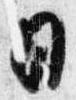
日